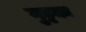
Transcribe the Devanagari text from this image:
गुट्टका